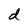
Character: d